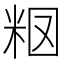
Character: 𥹉